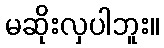
မဆိုးလှပါဘူး။